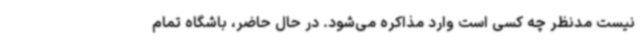
نیست مدنظر چه کسی است وارد مذاکره می‌شود. در حال حاضر، باشگاه تمام